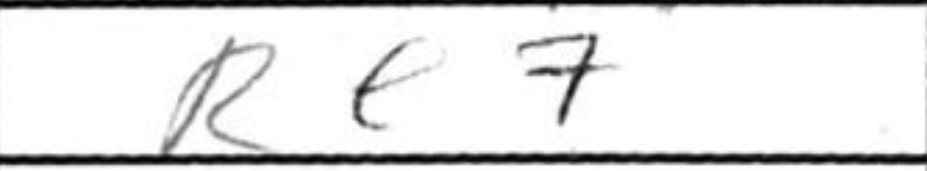
Transcription: Re7